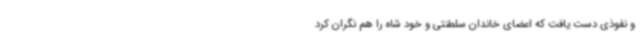
و نفوذی دست یافت که اعضای خاندان سلطنتی و خود شاه را هم نگران کرد